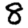
Digit: 8